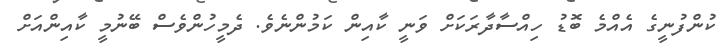
ކުންފުނީގެ އެއްމެ ބޮޑު ހިއްސާދާރަކަށް ވަނީ ކާއިން ކަމުންނެވެ. ދެމީހުންވެސް ބޭނުމީ ކާއިންއަށް